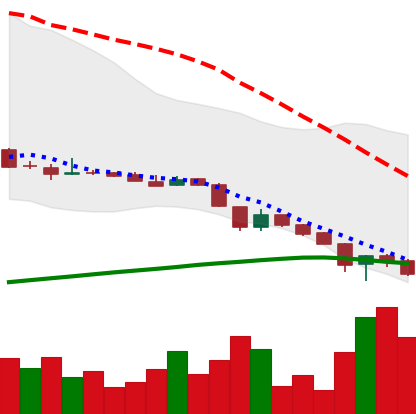
Ticker: DOGE-USD
Chart end date: 2018-11-17
Forward return: -7.052%
Label: down_7plus